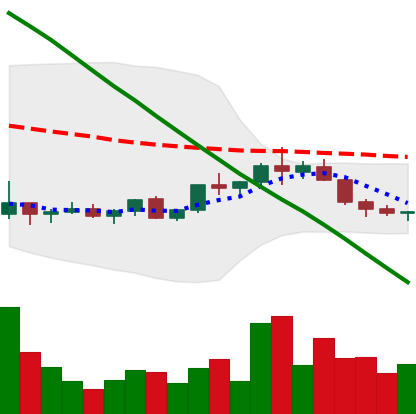
Ticker: ADA-USD
Chart end date: 2022-02-14
Forward return: -5.005%
Label: down_5_7